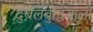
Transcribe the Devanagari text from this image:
दुर्बलबुद्धिवाली